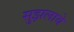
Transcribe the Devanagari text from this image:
सुझलाये